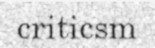
criticsm